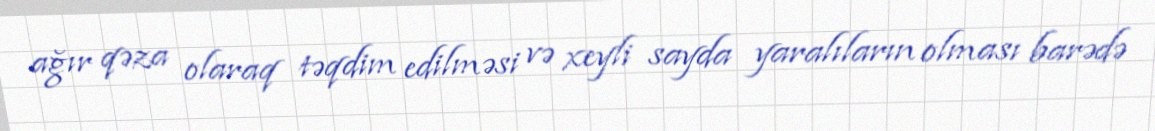
ağır qəza olaraq təqdim edilməsi və xeyli sayda yaralıların olması barədə